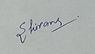
Signature authenticity: genuine